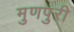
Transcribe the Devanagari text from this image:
मुणपुरी